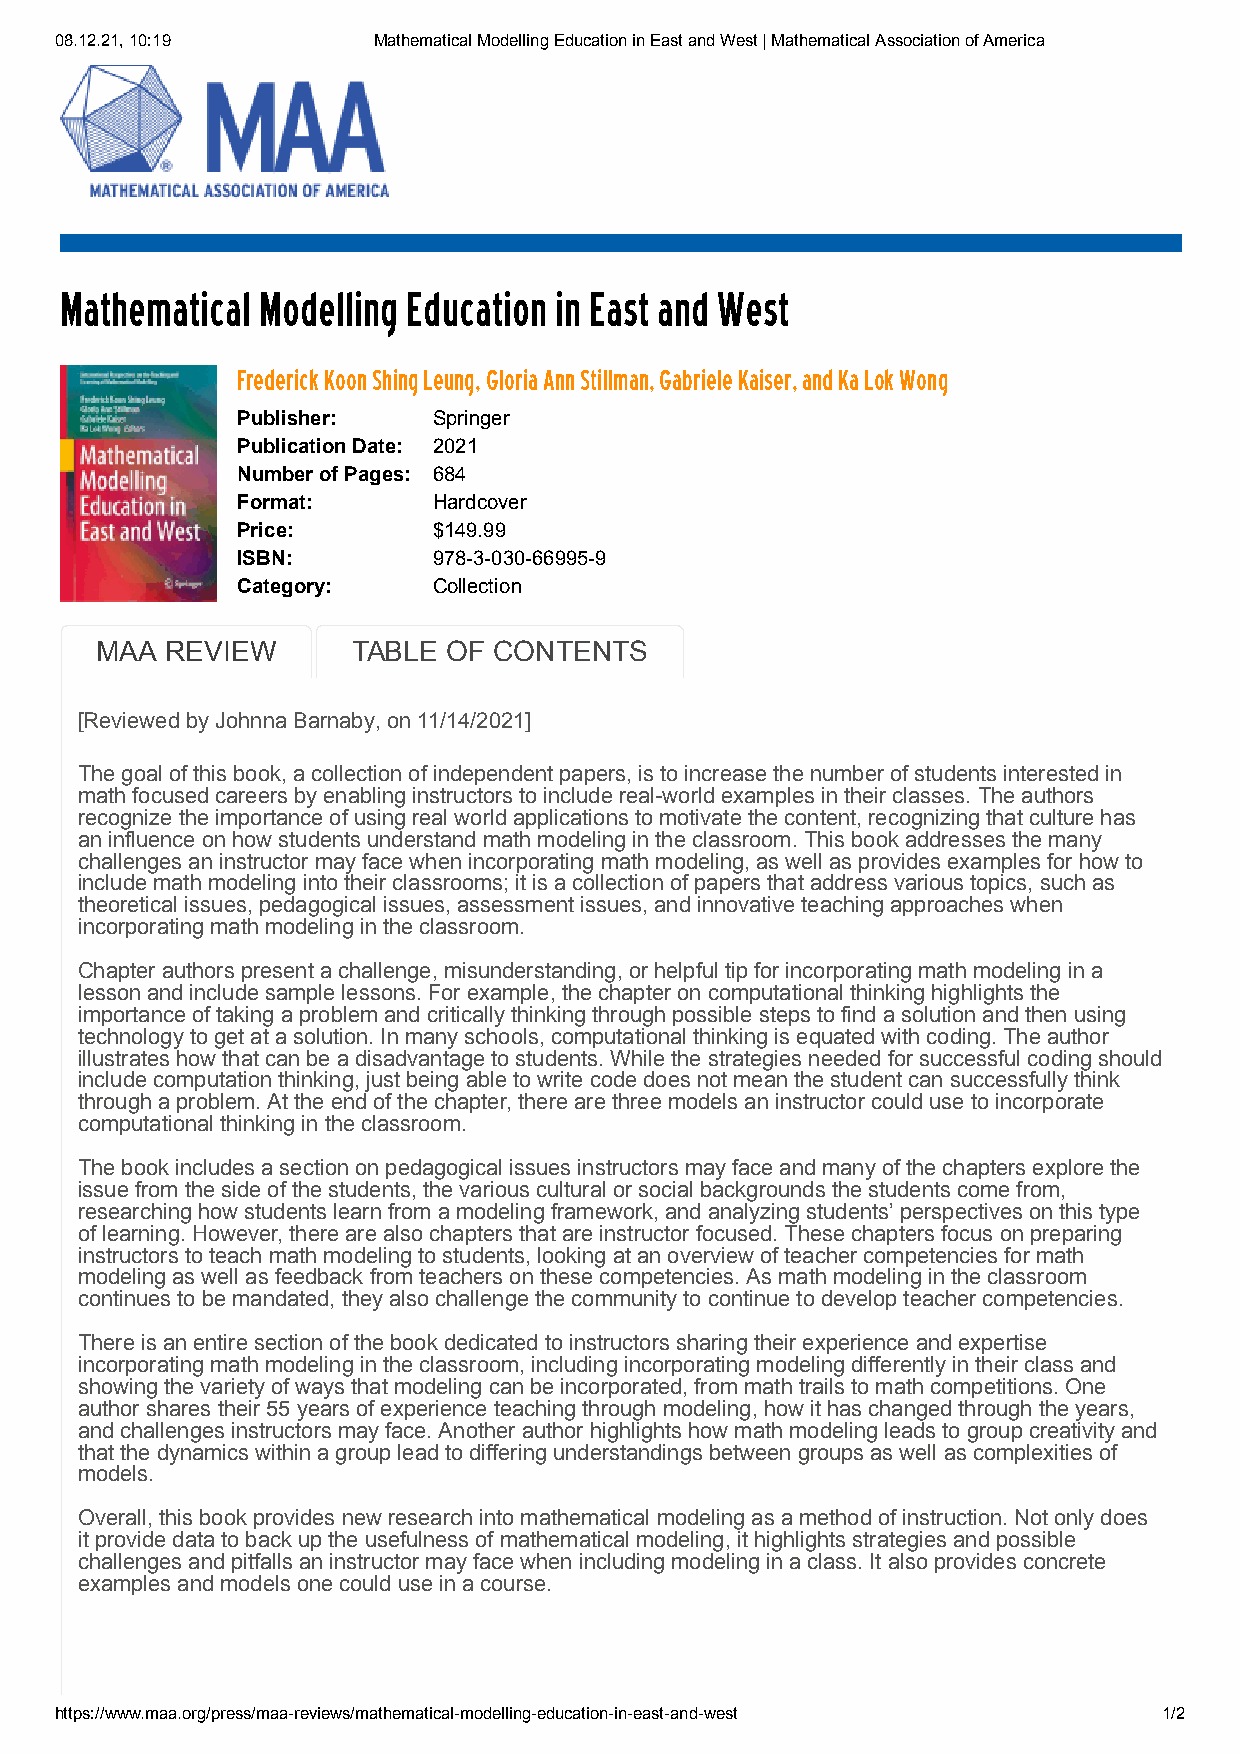
08.12.21, 10:19      Mathematical Modelling Education in East and West | Mathematical Association of America
 Mathematical Modelling Education in East and West
 Frederick Koon Shing Leung, Gloria Ann Stillman, Gabriele Kaiser, and Ka Lok Wong
 Publisher:   Springer
 Publication Date: 2021
 Number of Pages: 684
 Format:      Hardcover
 Price:       $149.99
 ISBN:        978-3-030-66995-9
 Category:    Collection
 MAA  REVIEW      TABLE  OF CONTENTS
 [Reviewed by Johnna Barnaby, on 11/14/2021]
 The goal of this book, a collection of independent papers, is to increase the number of students interested in
 math focused careers by enabling instructors to include real-world examples in their classes. The authors
 recognize the importance of using real world applications to motivate the content, recognizing that culture has
 an influence on how students understand math modeling in the classroom. This book addresses the many
 challenges an instructor may face when incorporating math modeling, as well as provides examples for how to
 include math modeling into their classrooms; it is a collection of papers that address various topics, such as
 theoretical issues, pedagogical issues, assessment issues, and innovative teaching approaches when
 incorporating math modeling in the classroom.
 Chapter authors present a challenge, misunderstanding, or helpful tip for incorporating math modeling in a
 lesson and include sample lessons. For example, the chapter on computational thinking highlights the
 importance of taking a problem and critically thinking through possible steps to find a solution and then using
 technology to get at a solution. In many schools, computational thinking is equated with coding. The author
 illustrates how that can be a disadvantage to students. While the strategies needed for successful coding should
 include computation thinking, just being able to write code does not mean the student can successfully think
 through a problem. At the end of the chapter, there are three models an instructor could use to incorporate
 computational thinking in the classroom.
 The book includes a section on pedagogical issues instructors may face and many of the chapters explore the
 issue from the side of the students, the various cultural or social backgrounds the students come from,
 researching how students learn from a modeling framework, and analyzing students’ perspectives on this type
 of learning. However, there are also chapters that are instructor focused. These chapters focus on preparing
 instructors to teach math modeling to students, looking at an overview of teacher competencies for math
 modeling as well as feedback from teachers on these competencies. As math modeling in the classroom
 continues to be mandated, they also challenge the community to continue to develop teacher competencies.
 There is an entire section of the book dedicated to instructors sharing their experience and expertise
 incorporating math modeling in the classroom, including incorporating modeling differently in their class and
 showing the variety of ways that modeling can be incorporated, from math trails to math competitions. One
 author shares their 55 years of experience teaching through modeling, how it has changed through the years,
 and challenges instructors may face. Another author highlights how math modeling leads to group creativity and
 that the dynamics within a group lead to differing understandings between groups as well as complexities of
 models.
 Overall, this book provides new research into mathematical modeling as a method of instruction. Not only does
 it provide data to back up the usefulness of mathematical modeling, it highlights strategies and possible
 challenges and pitfalls an instructor may face when including modeling in a class. It also provides concrete
 examples and models one could use in a course.
 https://www.maa.org/press/maa-reviews/mathematical-modelling-education-in-east-and-west 1/2